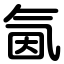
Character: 氤